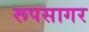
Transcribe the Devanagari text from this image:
रूपसागर